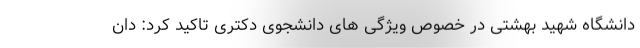
دانشگاه شهید بهشتی در خصوص ویژگی های دانشجوی دکتری تاکید کرد: دان